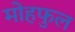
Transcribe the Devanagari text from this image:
मोहफुल